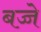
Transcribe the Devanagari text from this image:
बच्चे